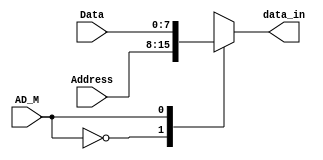
`timescale 1ns / 1ps
//////////////////////////////////////////////////////////////////////////////////
// Company: 
// Engineer: 
// 
// Design Name: 
// Module Name:    mux_data_address 
// Project Name: 
// Target Devices: 
// Tool versions: 
// Description: 
//
// Dependencies: 
//
// Revision: 
// Revision 0.01 - File Created
// Additional Comments: 
//
//////////////////////////////////////////////////////////////////////////////////
module mux_data_address(
	input wire [7:0] Data, Address,
	input wire AD_M,
	output reg [7:0] data_in
    );

always @*
	case (AD_M)
		1'b0: data_in = Address;
		1'b1: data_in = Data;
	endcase
	
endmodule